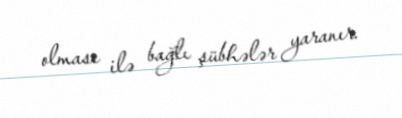
olması ilə bağlı şübhələr yaranır.